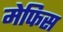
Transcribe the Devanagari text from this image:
मेफिस